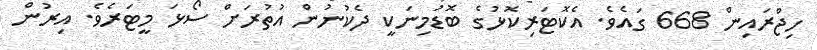
ހިޖްރައިން 668 ގައެވެ. އެކޮޓަރިކޮޅުގެ ބޮޑުމިނަކީ ދެކުނުން އުތުރަށް ސޯޅަ މީޓަރެވެ. އިރުން